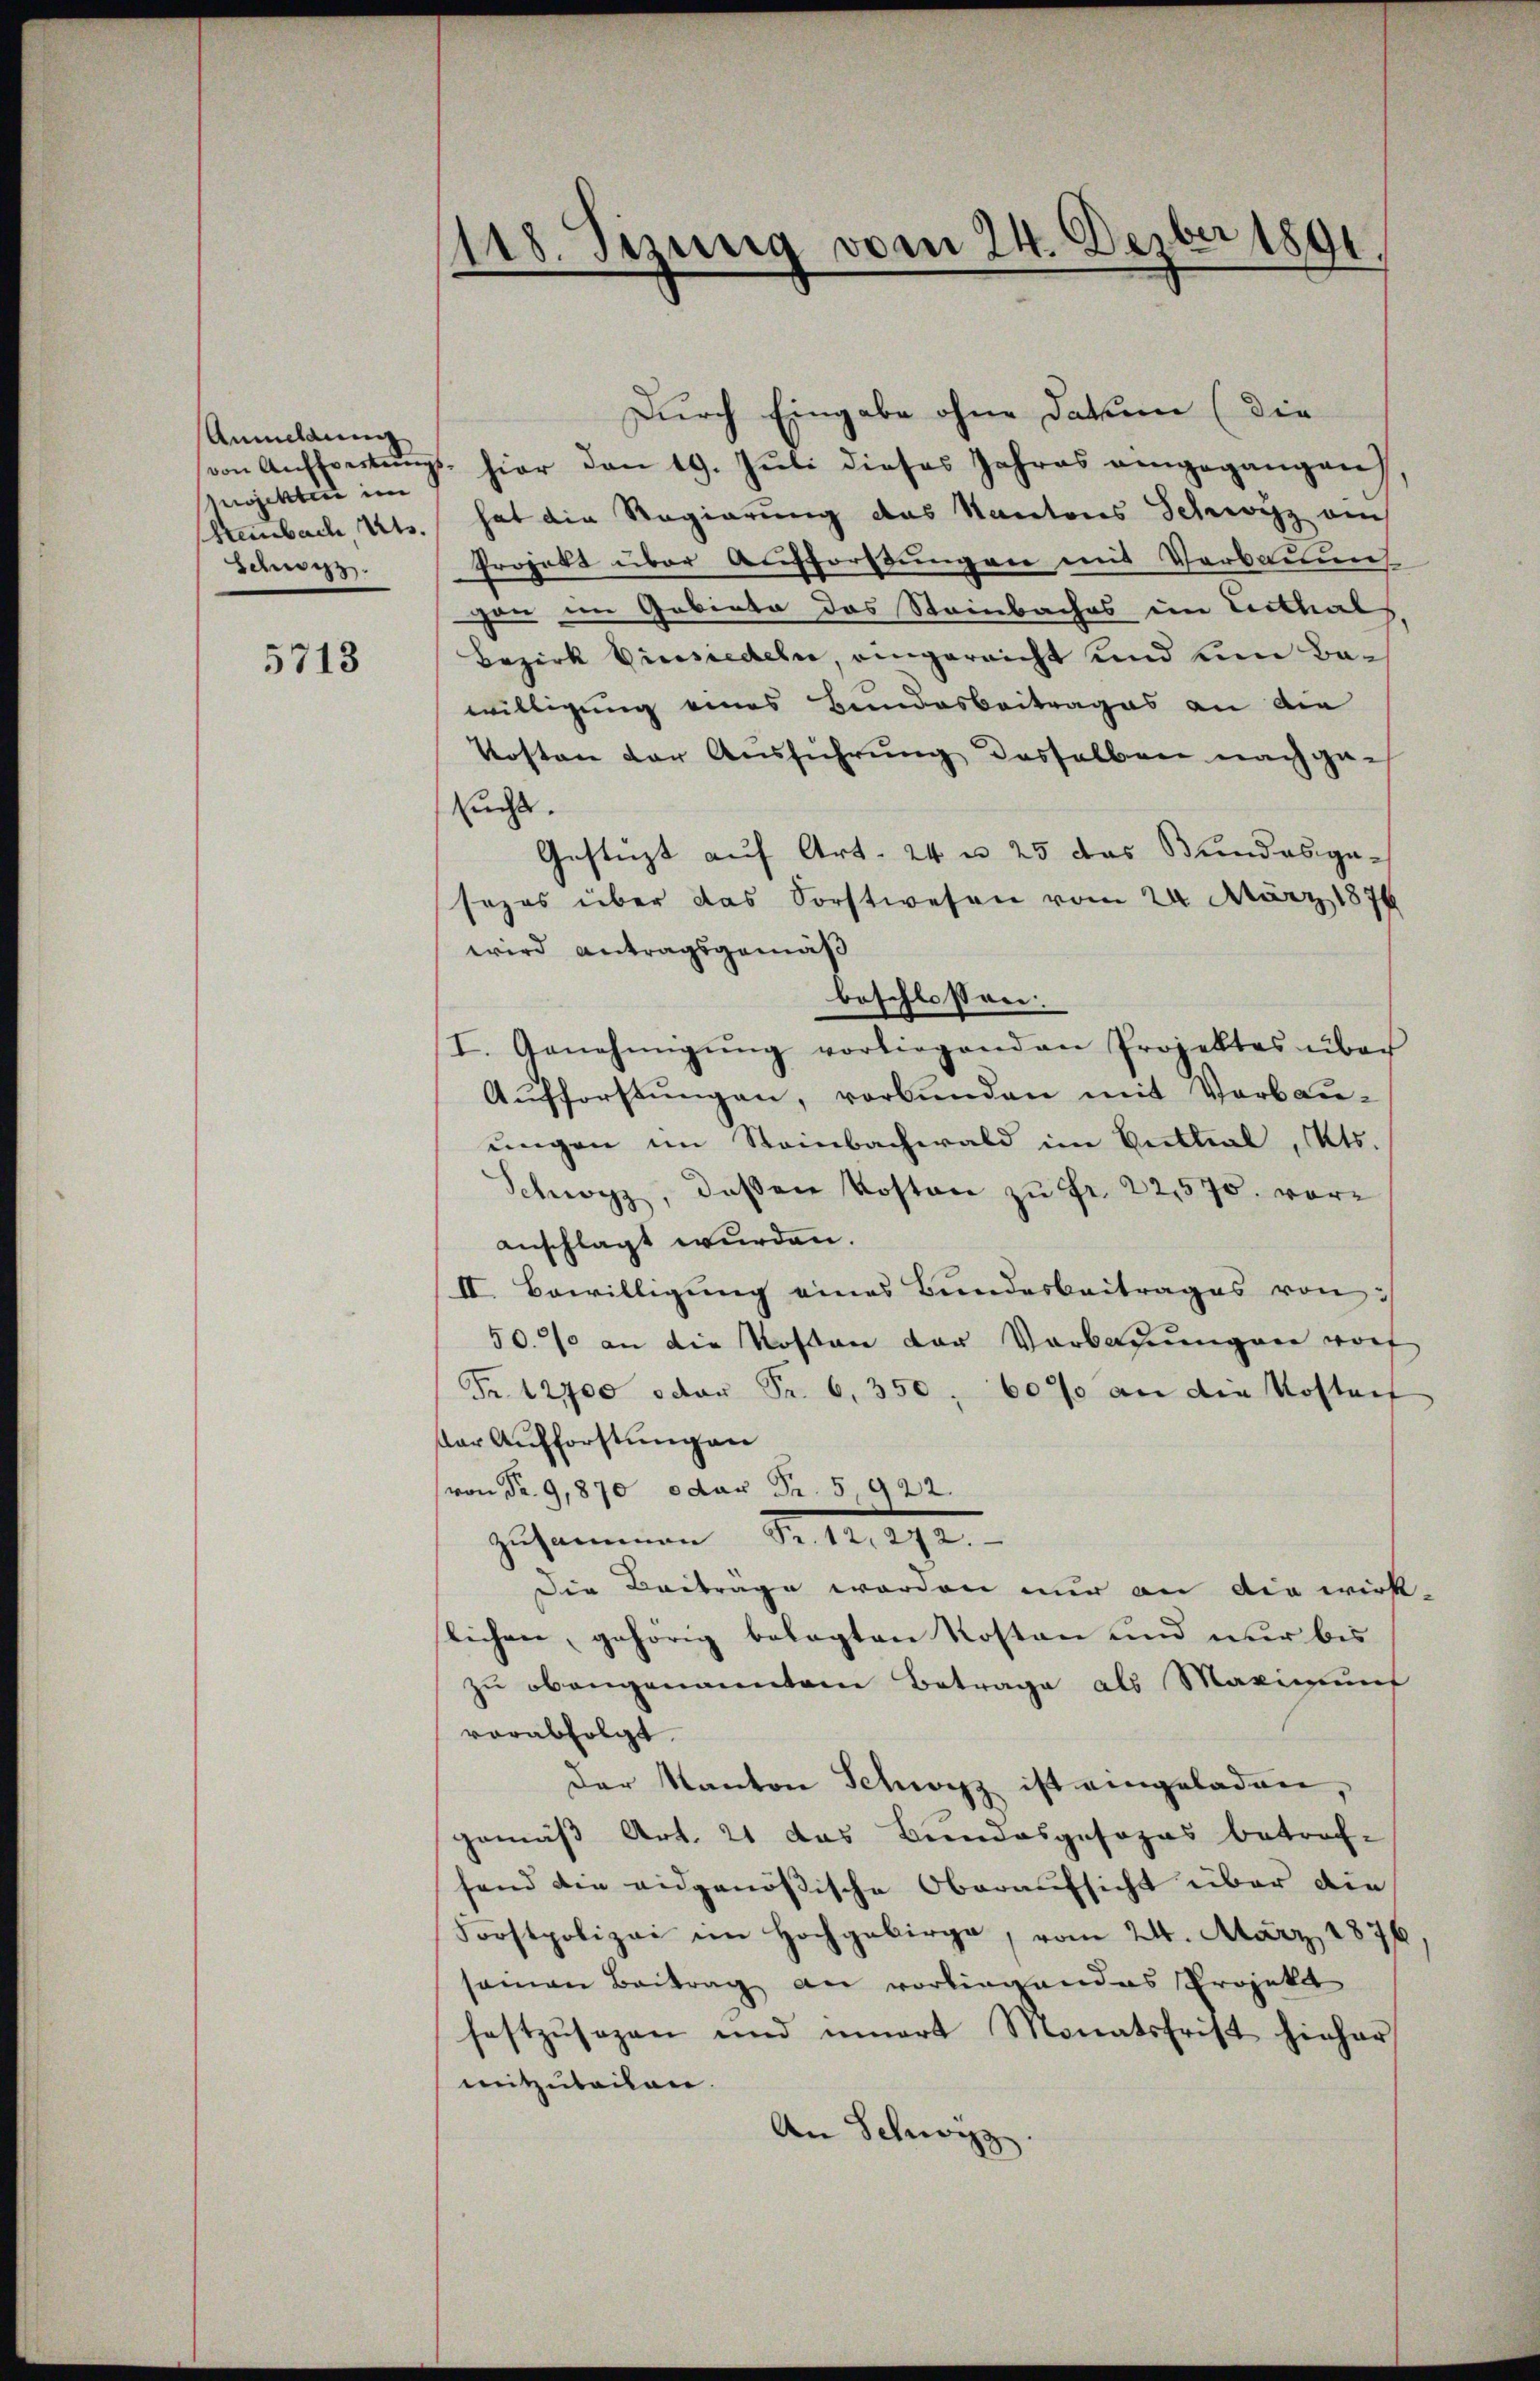
Anmeldung
Mojekten im
htambach, Kts.
dng.

5713

118. Sizung vom 24. Dezbr 1891

Durch Eingabe ohne Datum (die
von Aŭffvertŭngs- hier den 19. Jŭli dieses Jahres eingegangen),
hat die Regierung das Kantons Schwyz auch
Project über Aufforstungen mit Verbauung
gan im Gebiete das Steinbaches im Linthals,
Bezirk Hinsiedeln, eingereicht und um Bawilligung eines Bundesbeitrages an die
Kosten der Ausführung desselben nachgesucht.
Gestüzt auf Art. 24 n 25 das Bundesgesezes über das Forstwesen vom 24. März 1876
wird antragsgemäß
beschlossen.
I. Genehmigŭng vorliegenden Projektes über
Aufforstungen, verbunden mit Vorbau-
ungen im Steinbachwald im Buttial, Kts.
Schwyz, deßen Kosten zŭ fr. 22570. voranschlagt wurden.
II. Bewilligung eines Bundesbeitrages von
50. an die Kosten der Vorbauungen worf
Fr. 12700 oder Fr. 6, 350, 60% an die Kostenf
der Aufforstungen
(von Fr. 9,870 oder Fr. 5,922.
Zusammen Fr. 12, 272.
die Beiträge werden nur an die wirk-
slichen, gehörig belegten Kosten und nur bis
zu obangenanntem Betrage als Maximung
verabfolgt.
Der Kanton Schwyz ist eingeladen,
gemäß Art. 21 das Bundesgesezes betrof-
fend die eidgenößische Oberaufsicht über die
Forstpolizei im Hochgebirge, vom 24. März 1876
seinen Beitrag an vorliegendes Projekt
festzŭsagen und innert Monatsfrist hinhar
mitzuteilen.
An Schwyz.